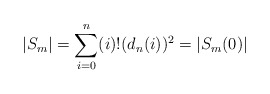
\begin{align*}|S_m|=\sum_{i=0}^n (i)! (d_n(i))^2 = |S_m(0)|\end{align*}